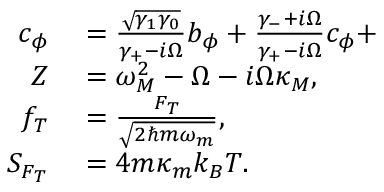
\begin{array} { r l } { c _ { \phi } } & { { } = \frac { \sqrt { \gamma _ { 1 } \gamma _ { 0 } } } { \gamma _ { + } - i \Omega } b _ { \phi } + \frac { \gamma _ { - } + i \Omega } { \gamma _ { + } - i \Omega } c _ { \phi } + } \\ { Z } & { { } = \omega _ { M } ^ { 2 } - \Omega - i \Omega \kappa _ { M } , } \\ { f _ { T } } & { { } = \frac { F _ { T } } { \sqrt { 2 \hbar m \omega _ { m } } } , } \\ { S _ { F _ { T } } } & { { } = 4 m \kappa _ { m } k _ { B } T . } \end{array}